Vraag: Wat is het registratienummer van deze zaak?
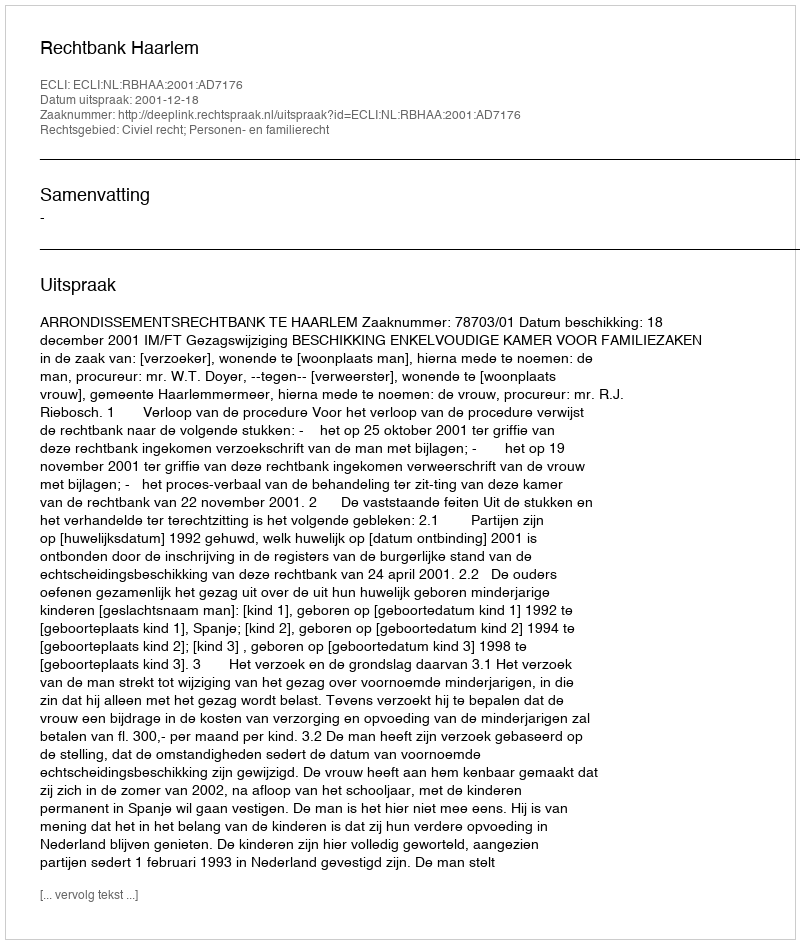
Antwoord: http://deeplink.rechtspraak.nl/uitspraak?id=ECLI:NL:RBHAA:2001:AD7176